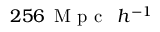
2 5 6 \, \textrm { M p c \, } h ^ { - 1 }